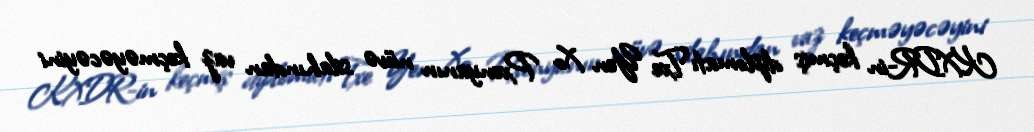
KXDR-in keçmiş diplomatı Txe Yen Xo Pxenyanın nüvə silahından vaz keçməyəcəyini